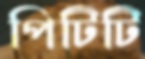
পিটিটি